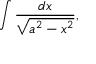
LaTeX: \int { \frac { d x } { \sqrt { a ^ { 2 } - x ^ { 2 } } } } ,